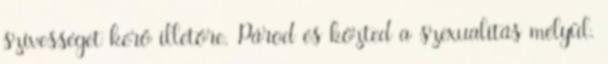
szívességet kérő illetőre. Párod és közted a szexualitás mélyül.